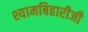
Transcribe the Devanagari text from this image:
श्यामबिहारीजी